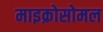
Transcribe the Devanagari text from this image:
माइक्रोसोमल